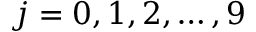
j = 0 , 1 , 2 , \dots , 9